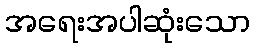
အရေးအပါဆုံးသော